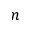
n